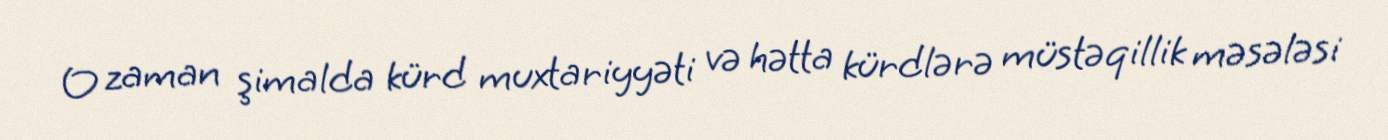
O zaman şimalda kürd muxtariyyəti və hətta kürdlərə müstəqillik məsələsi